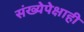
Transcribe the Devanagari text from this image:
संख्येपेक्षाही